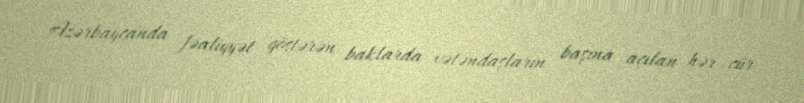
Azərbaycanda fəaliyyət göstərən baklarda vətəndaşların başına açılan hər cür